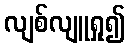
လျစ်လျူရှု၍